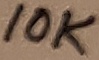
Text: 10K